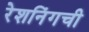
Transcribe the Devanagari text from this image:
रेशनिंगची